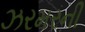
ઝરમરની